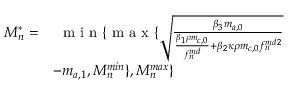
\begin{array} { r l } { M _ { n } ^ { * } = } & { \ \textrm { m i n } \{ \textrm { m a x } \{ \sqrt { \frac { \beta _ { 3 } m _ { a , 0 } } { \frac { \beta _ { 1 } \rho m _ { c , 0 } } { f _ { n } ^ { m d } } + \beta _ { 2 } \kappa \rho m _ { c , 0 } f _ { n } ^ { m d 2 } } } } \\ & { - m _ { a , 1 } , M _ { n } ^ { m i n } \} , M _ { n } ^ { m a x } \} } \end{array}